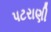
પટરાણી